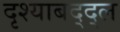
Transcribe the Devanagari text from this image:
दृश्याबद्द्ल